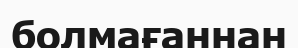
болмағаннан